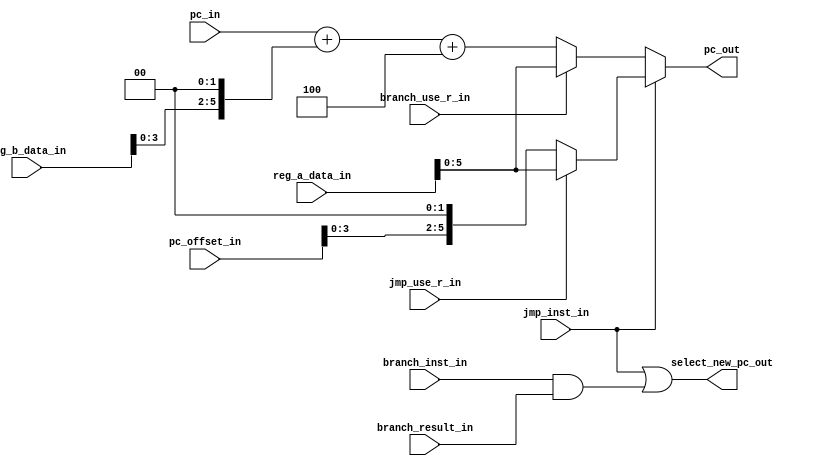
module branch_control
#(
   parameter DATA_WIDTH = 32,
   parameter PC_WIDTH = 6,
   parameter PC_OFFSET_WIDTH = 25
)
(
   input jmp_inst_in,
   input jmp_use_r_in,
   input branch_use_r_in,
   input branch_inst_in,
   input branch_result_in,
   input [PC_WIDTH-1:0] pc_in,
   input [DATA_WIDTH-1:0] reg_a_data_in,
   input [DATA_WIDTH-1:0] reg_b_data_in,
   input [PC_OFFSET_WIDTH-1:0] pc_offset_in,

   output select_new_pc_out,
   output [PC_WIDTH-1:0] pc_out

);

   wire [DATA_WIDTH-1:0] jmp_val;
   wire [DATA_WIDTH-1:0] branch_val;
   wire [PC_WIDTH-1:0] pc_jump;

   //assign pc_jump = {pc_in[31:28],pc_offset_in,{2{1'b0}}};
   // como nesta versao PC tem apenas 20 bits
   assign pc_jump = {pc_offset_in,{2{1'b0}}};

   assign select_new_pc_out = jmp_inst_in | (branch_inst_in & branch_result_in);

   assign branch_val = branch_use_r_in? reg_a_data_in : pc_in + ({reg_b_data_in,{2{1'b0}}}) + 4;

   assign jmp_val = jmp_use_r_in ? reg_a_data_in : pc_jump;

   assign pc_out = jmp_inst_in ? jmp_val : branch_val;

endmodule